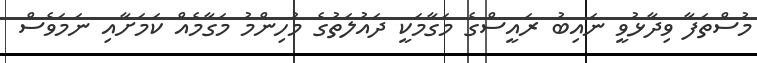
މުސްތަފާ ވިދާޅުވީ ނައިބު ރައީސްގެ މަގާމަކީ ދައުލަތުގެ މުހިންމު މަގާމެއް ކަމަށާއި ނަމަވެސް